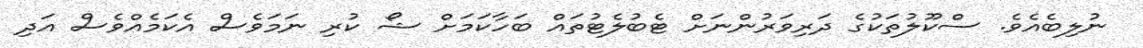
ނުލިބެއެވެ. ސްކޫލުތަކުގެ ދަރިވަރުންނަށް ޓެބުލެޓުތައް ބަހާކަމަށް ޝޯ ކުރި ނަމަވެސް އެކަމެއްވެސް އަދި